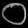
Digit: ၀